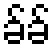
ခ်ခ်